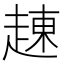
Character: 𧼓